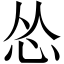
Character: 怂